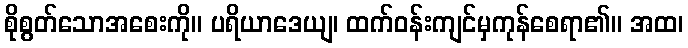
စိုစွတ်သောအစေးကို။ ပရိယာဒေယျ၊ ထက်ဝန်းကျင်မှကုန်စေရာ၏။ အထ၊